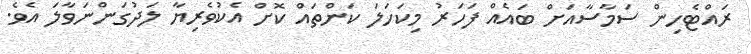
ރައްޓެހިން ސަމާސާއަށް ބައެއް ފަހަރު މިކަހަލަ ކަންތައް ކޮށް އެކުވެރިޔާ ލަދުގަންނަވާލަ އެވެ.